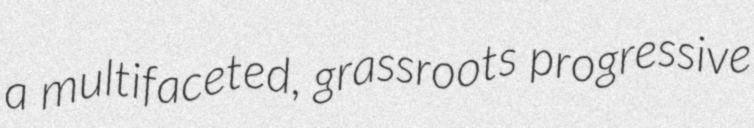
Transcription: a multifaceted, grassroots progressive